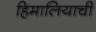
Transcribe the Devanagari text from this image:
हिमालियाची